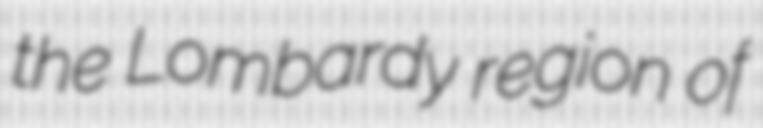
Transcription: the Lombardy region of